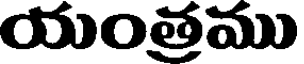
యంత్రము